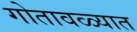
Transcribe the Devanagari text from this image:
गोतावळ्यात